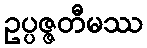
ဥပ္ပဇ္ဇတီမဿ